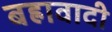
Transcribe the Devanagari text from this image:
बह्रावादी